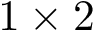
1 \times 2